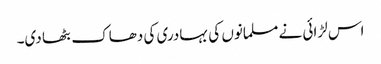
اس لڑائی نے مسلمانوں کی بہادری کی دھاک بٹھا دی۔